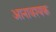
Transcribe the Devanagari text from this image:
आनावश्यक